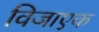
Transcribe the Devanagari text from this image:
विजाएक